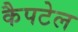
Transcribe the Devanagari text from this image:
कैपटेल